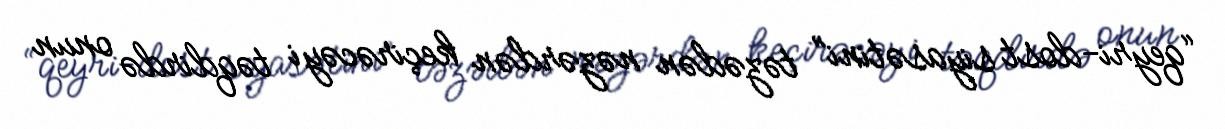
“qeyri-dost siyasətini” təzədən nəzərdən keçirəcəyi təqdirdə onun